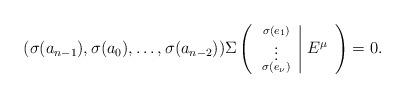
LaTeX: \begin{align*}(\sigma(a_{n-1}),\sigma(a_0),\ldots, \sigma(a_{n-2})) \Sigma \left(\begin{array}{c|c} \begin{smallmatrix} \sigma(e_1) \\ \vdots \\ \sigma(e_{\nu}) \end{smallmatrix} & E^{\mu}\end{array}\right) = 0.\end{align*}